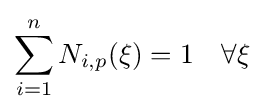
\sum _{i=1}^{n}N_{i,p}(\xi )=1\quad \forall \xi